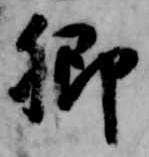
卿